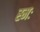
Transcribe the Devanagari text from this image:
स्मः